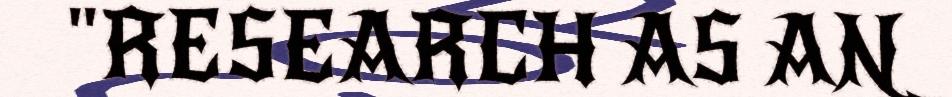
"RESEARCH AS AN